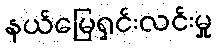
နယ်မြေရှင်းလင်းမှု